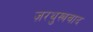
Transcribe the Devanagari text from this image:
ज़रथुस्त्रवाद